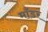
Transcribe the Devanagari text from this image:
माँडर